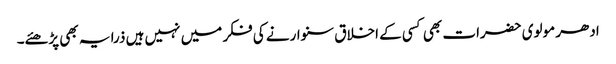
ادھر مولوی حضرات بھی کسی کے اخلاق سنوارنے کی فکر میں نہیں ہیں ذرا یہ بھی پڑھئے۔